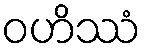
ဝဟိဿံ